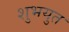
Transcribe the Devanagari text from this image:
शुभयुत